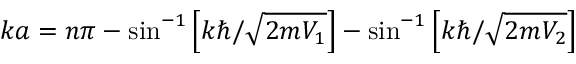
k a = n \pi - \sin ^ { - 1 } \left[ k \hbar / { \sqrt { 2 m V _ { 1 } } } \right] - \sin ^ { - 1 } \left[ k \hbar / { \sqrt { 2 m V _ { 2 } } } \right]